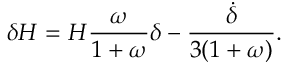
\delta H = H \frac { \omega } { 1 + \omega } \delta - \frac { \dot { \delta } } { 3 ( 1 + \omega ) } .